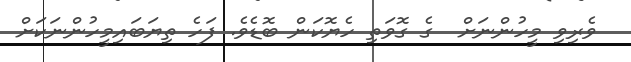
ވެރިވި މީހުންނަށް  ގެ ގޮވަތި ހެޔޮކަން ބޮޑެވެ. ފަހެ ތިޔަބައިމީހުންނަކަށް